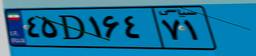
۱۵D۹۴۰۴۹